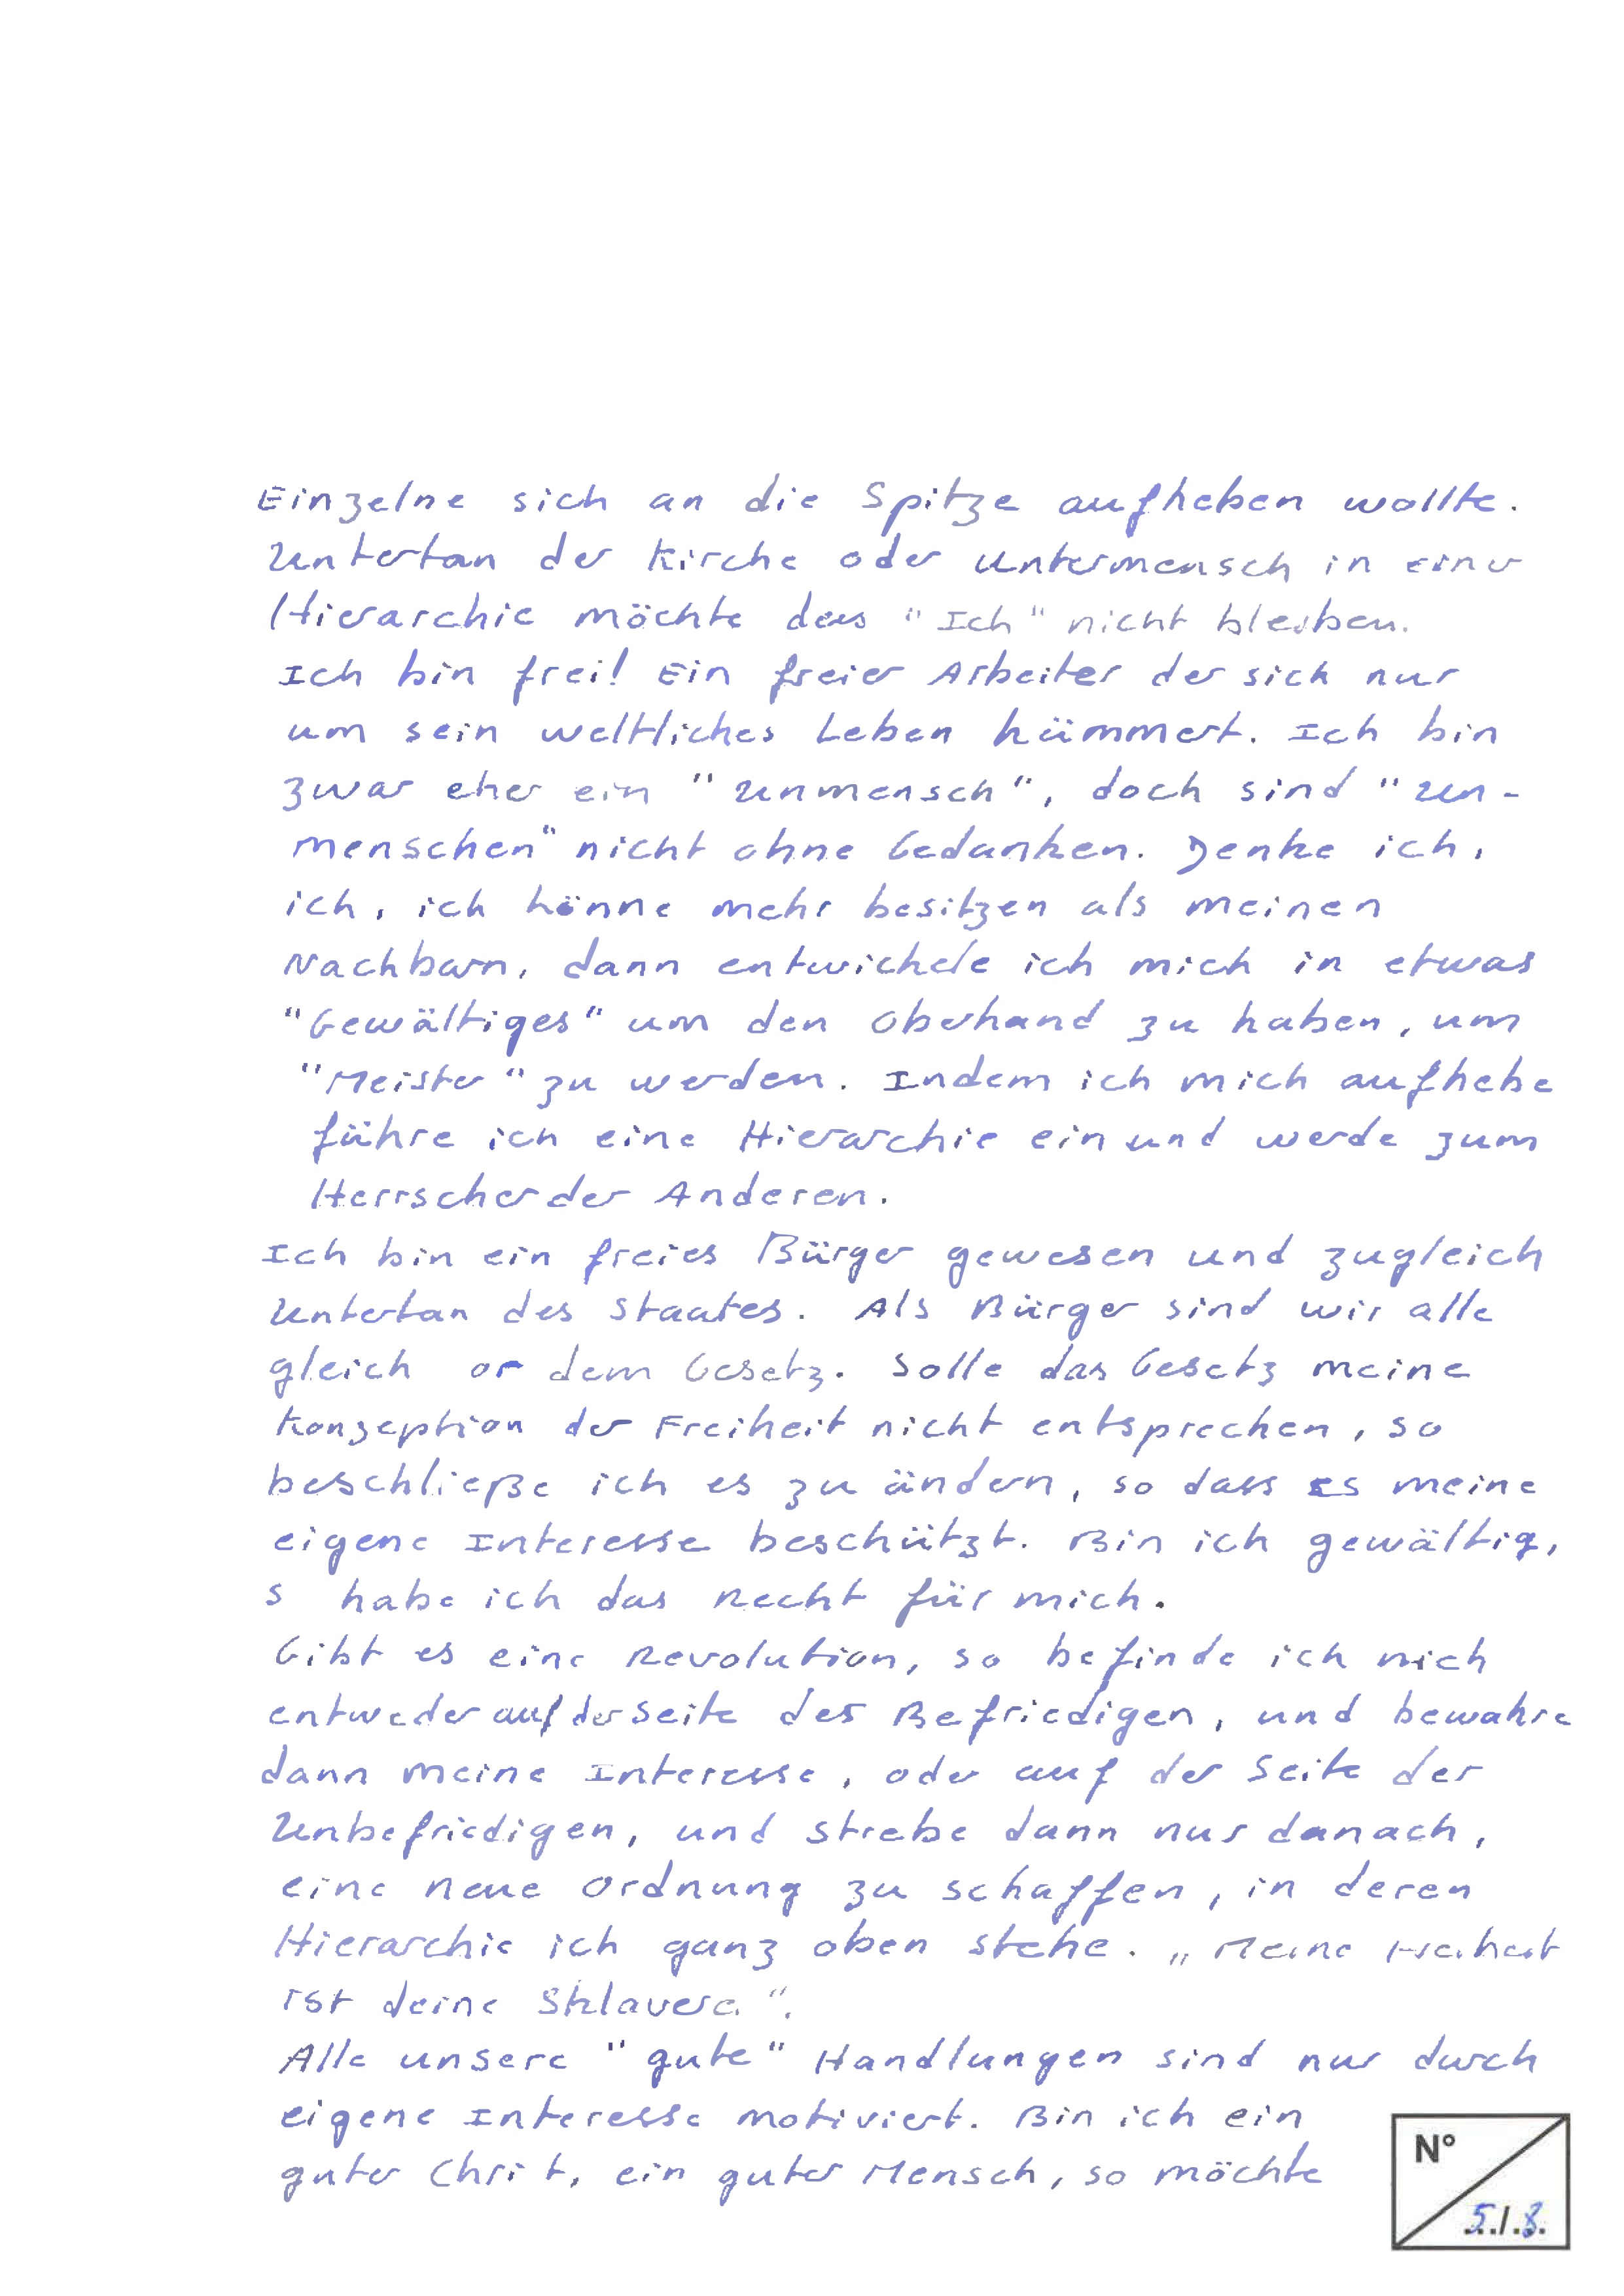
Einzelne sich an die Spitze aufheben wollte.
Untertan der Kirche oder Untermensch in einer
Hierarchie möchte das "Ich" nicht bleiben.
Ich bin frei! Ein freier Arbeiter der sich nur
um sein weltliches Leben kümmert. Ich bin
zwar eher ein "Unmensch", doch sind "Un-
menschen" nicht ohne Gedanken. Denke ich,
ich, ich könne mehr besitzen als meinen
nachbarn, dann entwickele ich mich in etwas
"Gewältiges" um den Oberhand zu haben, um
"Meister" zu werden. Indem ich mich aufhebe
führe ich eine Hierarchie ein und werde zum
Herrscher der Anderen.
Ich bin ein freies Bürger gewesen und zugleich
Untertan des Staates. Als Bürger sind wir alle
gleich or dem Gesetz. Solle das Gesetz meine
Konzeption der Freiheit nicht entsprechen, so
beschließe ich es zu ändern, so dass es meine
eigene Interesse beschützt. Bin ich gewältig,
so habe ich das Recht für mich.
Gibt es eine Revolution, so befinde ich mich
entweder auf der Seite des Befriedigen, und bewahre
dann meine Interesse, oder auf der Seite der
Unbefriedigen, und strebe dann nur danach,
eine neue Ordnung zu schaffen, in deren
Hierarchie ich ganz oben stehe. "Meine Freiheit
ist deine Sklaverei".
Alle unsere "gute" Handlungen sind nur durch
eigene Interesse motiviert. Bin ich ein
No
guter Christ, ein guter Mensch, so möchte
5/8